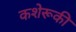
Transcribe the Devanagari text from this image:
कशेरूकी